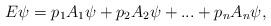
LaTeX: \begin{align*}E\psi = p_{1}A_{1}\psi+p_{2}A_{2}\psi+...+p_{n}A_{n}\psi,\end{align*}